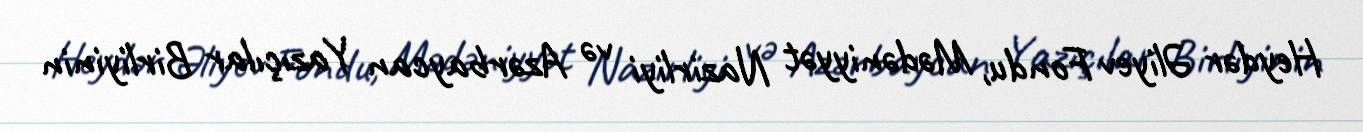
Heydər Əliyev Fondu, Mədəniyyət Nazirliyi və Azərbaycan Yazıçılar Birliyinin